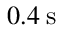
0 . 4 \: \mathrm { s }